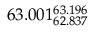
6 3 . 0 0 1 _ { 6 2 . 8 3 7 } ^ { 6 3 . 1 9 6 }